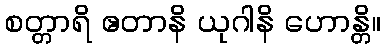
စတ္တာရိ ဧတာနိ ယုဂါနိ ဟောန္တိ။